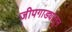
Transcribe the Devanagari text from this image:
जीपगाड्यांतून